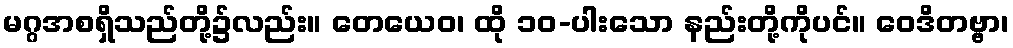
မဂ္ဂအစရှိသည်တို့၌လည်း။ တေယေဝ၊ ထို ၁၀-ပါးသော နည်းတို့ကိုပင်။ ဝေဒိတဗ္ဗာ၊